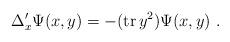
LaTeX: \begin{align*} \Delta^{\prime}_x \Psi(x,y) = - ({\rm tr}\,y^2) \Psi(x,y) \ .\end{align*}